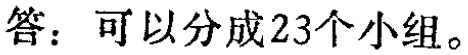
答：可以分成23个小组。